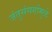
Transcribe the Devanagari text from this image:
जंतुसंसर्गांमुळे